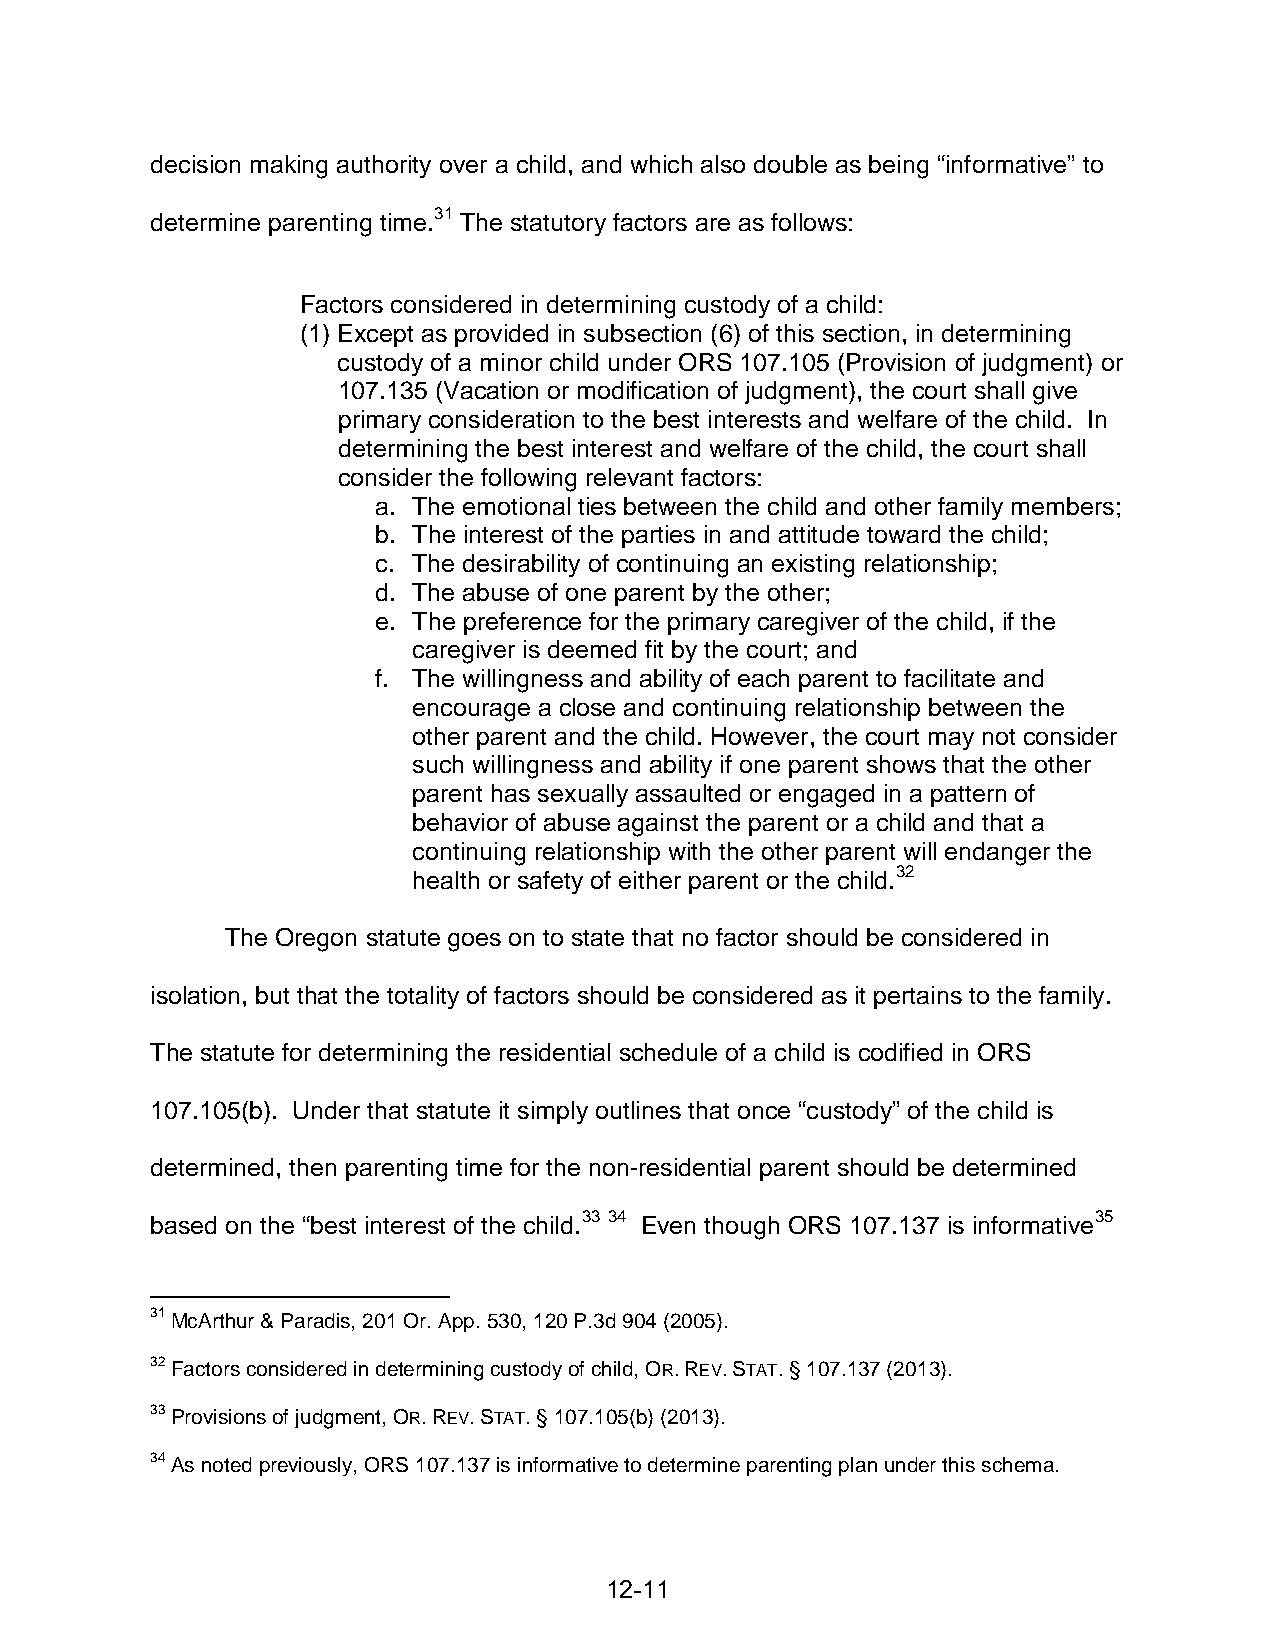
decision making authority over a child, and which also double as being “informative” to
 determine parenting time.31 The statutory factors are as follows:
 Factors considered in determining custody of a child:
 (1) Except as provided in subsection (6) of this section, in determining
 custody of a minor child under ORS 107.105 (Provision of judgment) or
 107.135 (Vacation or modification of judgment), the court shall give
 primary consideration to the best interests and welfare of the child. In
 determining the best interest and welfare of the child, the court shall
 consider the following relevant factors:
 a. The emotional ties between the child and other family members;
 b. The interest of the parties in and attitude toward the child;
 c. The desirability of continuing an existing relationship;
 d. The abuse of one parent by the other;
 e. The preference for the primary caregiver of the child, if the
 caregiver is deemed fit by the court; and
 f. The willingness and ability of each parent to facilitate and
 encourage a close and continuing relationship between the
 other parent and the child. However, the court may not consider
 such willingness and ability if one parent shows that the other
 parent has sexually assaulted or engaged in a pattern of
 behavior of abuse against the parent or a child and that a
 continuing relationship with the other parent will endanger the
 health or safety of either parent or the child.32
 The Oregon statute goes on to state that no factor should be considered in
 isolation, but that the totality of factors should be considered as it pertains to the family.
 The statute for determining the residential schedule of a child is codified in ORS
 107.105(b). Under that statute it simply outlines that once “custody” of the child is
 determined, then parenting time for the non-residential parent should be determined
 based on the “best interest of the child.33 34 Even though ORS 107.137 is informative35
 31 McArthur & Paradis, 201 Or. App. 530, 120 P.3d 904 (2005).
 32 Factors considered in determining custody of child, OR. REV. STAT. § 107.137 (2013).
 33 Provisions of judgment, OR. REV. STAT. § 107.105(b) (2013).
 34 As noted previously, ORS 107.137 is informative to determine parenting plan under this schema.
 12-11